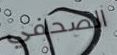
الصحفي